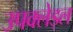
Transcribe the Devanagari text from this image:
उपक्लेड्ल